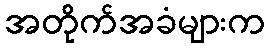
အတိုက်အခံများက